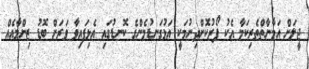
ޖީލަށް އަމާނާތްތެރިކަމާ އެކު ފޯރުކޮށްދިނުމަކީ އަޅުގަނޑުމެންގެ ކޮނޑުގައި އެޅިފައިވާ ވަރަށް ބޮޑު ޒިންމާއެއް